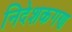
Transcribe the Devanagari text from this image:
निदेशकगण